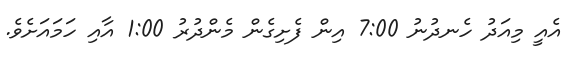
އެއީ މިއަދު ހެނދުނު 7:00 އިން ފެށިގެން މެންދުރު 1:00 އާއި ހަމައަށެވެ.